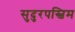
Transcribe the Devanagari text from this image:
सुदुरपस्चिम